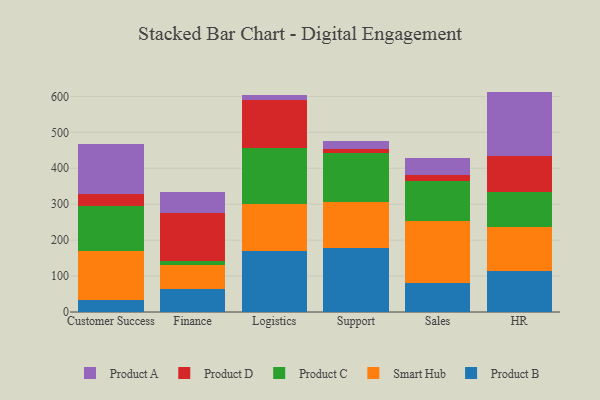
{"axis": {"x": "Department", "y": "Satisfaction Score"}, "legend": ["Product A", "Product B", "Product C", "Product D", "Smart Hub"], "data": [{"x": "Customer Success", "y": 34.3, "type": "Product B"}, {"x": "Customer Success", "y": 134.1, "type": "Smart Hub"}, {"x": "Customer Success", "y": 125.4, "type": "Product C"}, {"x": "Customer Success", "y": 35.4, "type": "Product D"}, {"x": "Customer Success", "y": 138.8, "type": "Product A"}, {"x": "Finance", "y": 63.1, "type": "Product B"}, {"x": "Finance", "y": 67.1, "type": "Smart Hub"}, {"x": "Finance", "y": 10.4, "type": "Product C"}, {"x": "Finance", "y": 134.4, "type": "Product D"}, {"x": "Finance", "y": 57.8, "type": "Product A"}, {"x": "Logistics", "y": 169.9, "type": "Product B"}, {"x": "Logistics", "y": 129.6, "type": "Smart Hub"}, {"x": "Logistics", "y": 157.0, "type": "Product C"}, {"x": "Logistics", "y": 134.4, "type": "Product D"}, {"x": "Logistics", "y": 12.6, "type": "Product A"}, {"x": "Support", "y": 178.7, "type": "Product B"}, {"x": "Support", "y": 127.1, "type": "Smart Hub"}, {"x": "Support", "y": 137.8, "type": "Product C"}, {"x": "Support", "y": 9.4, "type": "Product D"}, {"x": "Support", "y": 23.8, "type": "Product A"}, {"x": "Sales", "y": 79.4, "type": "Product B"}, {"x": "Sales", "y": 173.4, "type": "Smart Hub"}, {"x": "Sales", "y": 111.9, "type": "Product C"}, {"x": "Sales", "y": 15.4, "type": "Product D"}, {"x": "Sales", "y": 48.2, "type": "Product A"}, {"x": "HR", "y": 113.2, "type": "Product B"}, {"x": "HR", "y": 123.9, "type": "Smart Hub"}, {"x": "HR", "y": 98.2, "type": "Product C"}, {"x": "HR", "y": 99.9, "type": "Product D"}, {"x": "HR", "y": 178.2, "type": "Product A"}]}